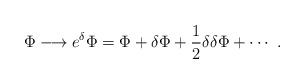
LaTeX: \begin{align*}\Phi\longrightarrow e^\delta\Phi=\Phi+\delta\Phi+{1\over2}\delta\delta\Phi+\cdots\ .\end{align*}